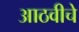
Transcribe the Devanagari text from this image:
आठवीचे